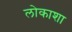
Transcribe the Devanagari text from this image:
लोकाशा